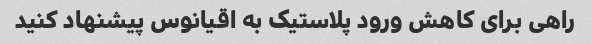
راهی برای کاهش ورود پلاستیک به اقیانوس پیشنهاد کنید